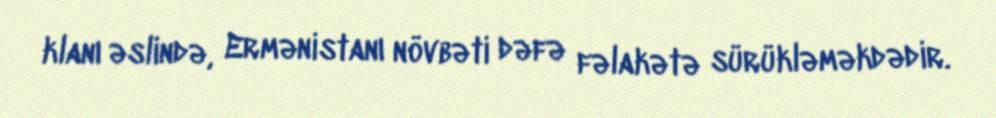
klanı əslində, Ermənistanı növbəti dəfə fəlakətə sürükləməkdədir.